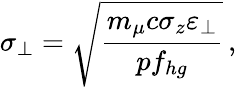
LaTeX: \sigma_{\perp}=\sqrt{\frac{m_{\mu}c\sigma_{z}\varepsilon_{\perp}}{pf_{hg}}}\, ,